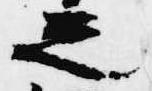
之